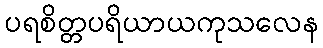
ပရစိတ္တပရိယာယကုသလေန